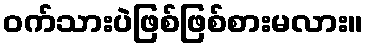
ဝက်သားပဲဖြစ်ဖြစ်စားမလား။